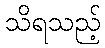
သိရသည့်